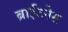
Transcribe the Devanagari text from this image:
ब्राईटनेस